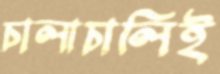
চালাচালিই